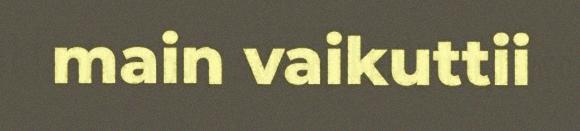
main vaikuttii